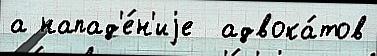
а напад'е́н'иjе  адвока́тов